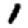
Digit: 1